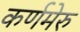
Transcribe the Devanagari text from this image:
कर्णमेरु